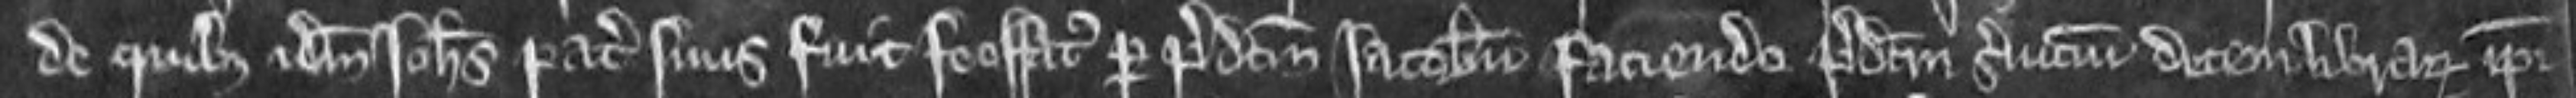
de quibus idem Johannes pater suus fuit feoffatus per predictum Jacobum faciendo predictum servicium decem librarum ipsi